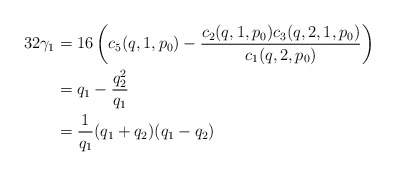
\begin{align*}32\gamma_1 &= 16\left(c_5(q,1,p_0)-\frac{c_2(q,1,p_0)c_3(q,2,1,p_0)}{c_1(q,2,p_0)}\right)\\&=q_1 - \frac{q_2^2}{q_1}\\&= \frac{1}{q_1}(q_1+q_2)(q_1-q_2)\end{align*}